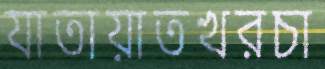
যাতায়াতখরচা